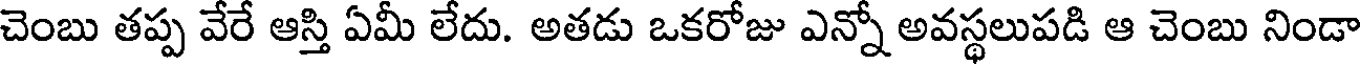
చెంబు తప్ప వేరే ఆస్తి ఏమీ లేదు. అతడు ఒకరోజు ఎన్నో అవస్థలుపడి ఆ చెంబు నిండా